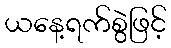
ယနေ့ရက်စွဲဖြင့်